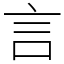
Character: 言